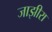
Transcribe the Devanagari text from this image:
जाझीरा